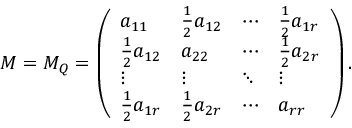
M = M _ { Q } = \left( \begin{array} { l l l l } { a _ { 1 1 } } & { \frac { 1 } { 2 } a _ { 1 2 } } & { \cdots } & { \frac { 1 } { 2 } a _ { 1 r } } \\ { \frac { 1 } { 2 } a _ { 1 2 } } & { a _ { 2 2 } } & { \cdots } & { \frac { 1 } { 2 } a _ { 2 r } } \\ { \vdots } & { \vdots } & { \ddots } & { \vdots } \\ { \frac { 1 } { 2 } a _ { 1 r } } & { \frac { 1 } { 2 } a _ { 2 r } } & { \cdots } & { a _ { r r } } \end{array} \right) .